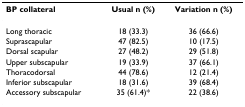
| BP collateral | Usual n (%) | Variation n (%) |
 | --- | --- | --- |
 | Long thoracic | 18 (33.3) | 36 (66.6) |
 | Suprascapular | 47 (82.5) | 10 (17.5) |
 | Dorsal scapular | 27 (48.2) | 29 (51.8) |
 | Upper subscapular | 19 (33.9) | 37 (66.1) |
 | Thoracodorsal | 44 (78.6) | 12 (21.4) |
 | Inferior subscapular | 18 (31.6) | 39 (68.4) |
 | Accessory subscapular | 35 (61.4)* | 22 (38.6) |